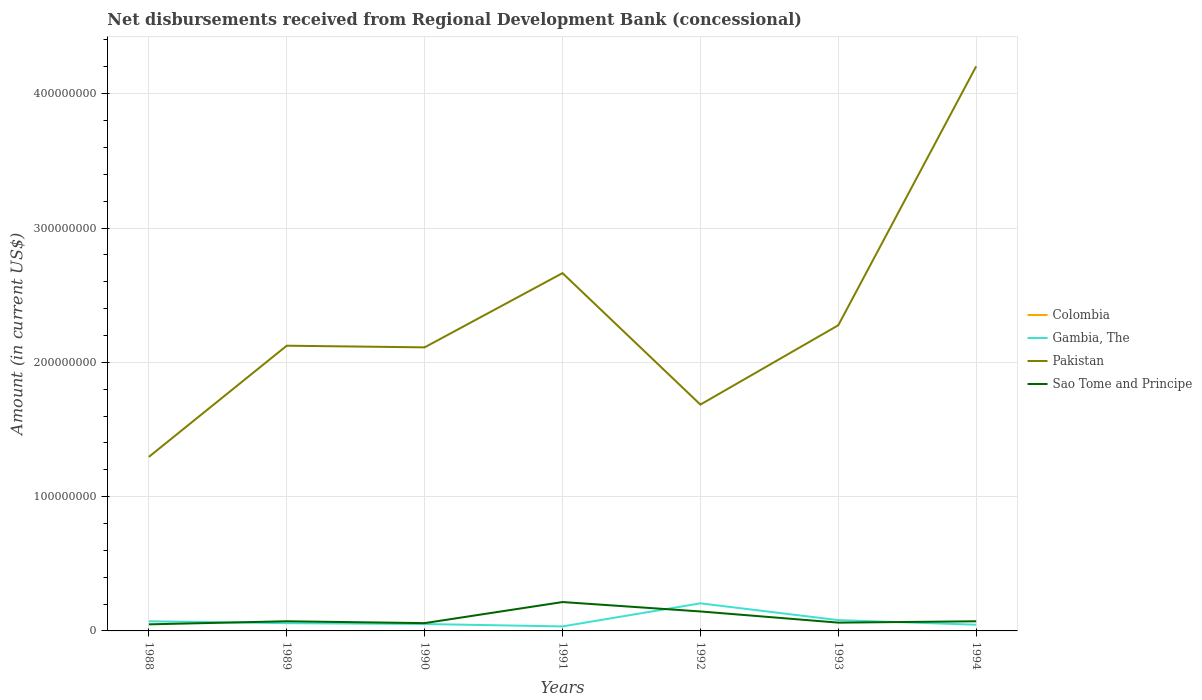
| Years | Colombia | Gambia, The | Pakistan | Sao Tome and Principe |
 | --- | --- | --- | --- | --- |
 | 1988 | -1.88e+07 | 7.16e+06 | 1.3e+08 | 4.9e+06 |
 | 1989 | -9.07e+06 | 5.77e+06 | 2.12e+08 | 7.19e+06 |
 | 1990 | -1.34e+07 | 5.14e+06 | 2.11e+08 | 5.80e+06 |
 | 1991 | -2.29e+07 | 3.35e+06 | 2.66e+08 | 2.15e+07 |
 | 1992 | -7.71e+06 | 2.05e+07 | 1.69e+08 | 1.45e+07 |
 | 1993 | -1.88e+07 | 8.04e+06 | 2.28e+08 | 6.17e+06 |
 | 1994 | -1.65e+07 | 4.61e+06 | 4.2e+08 | 7.17e+06 |